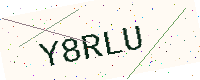
Text: Y8RLU